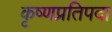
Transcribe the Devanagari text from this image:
कृष्णप्रतिपदा